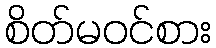
စိတ်မဝင်စား